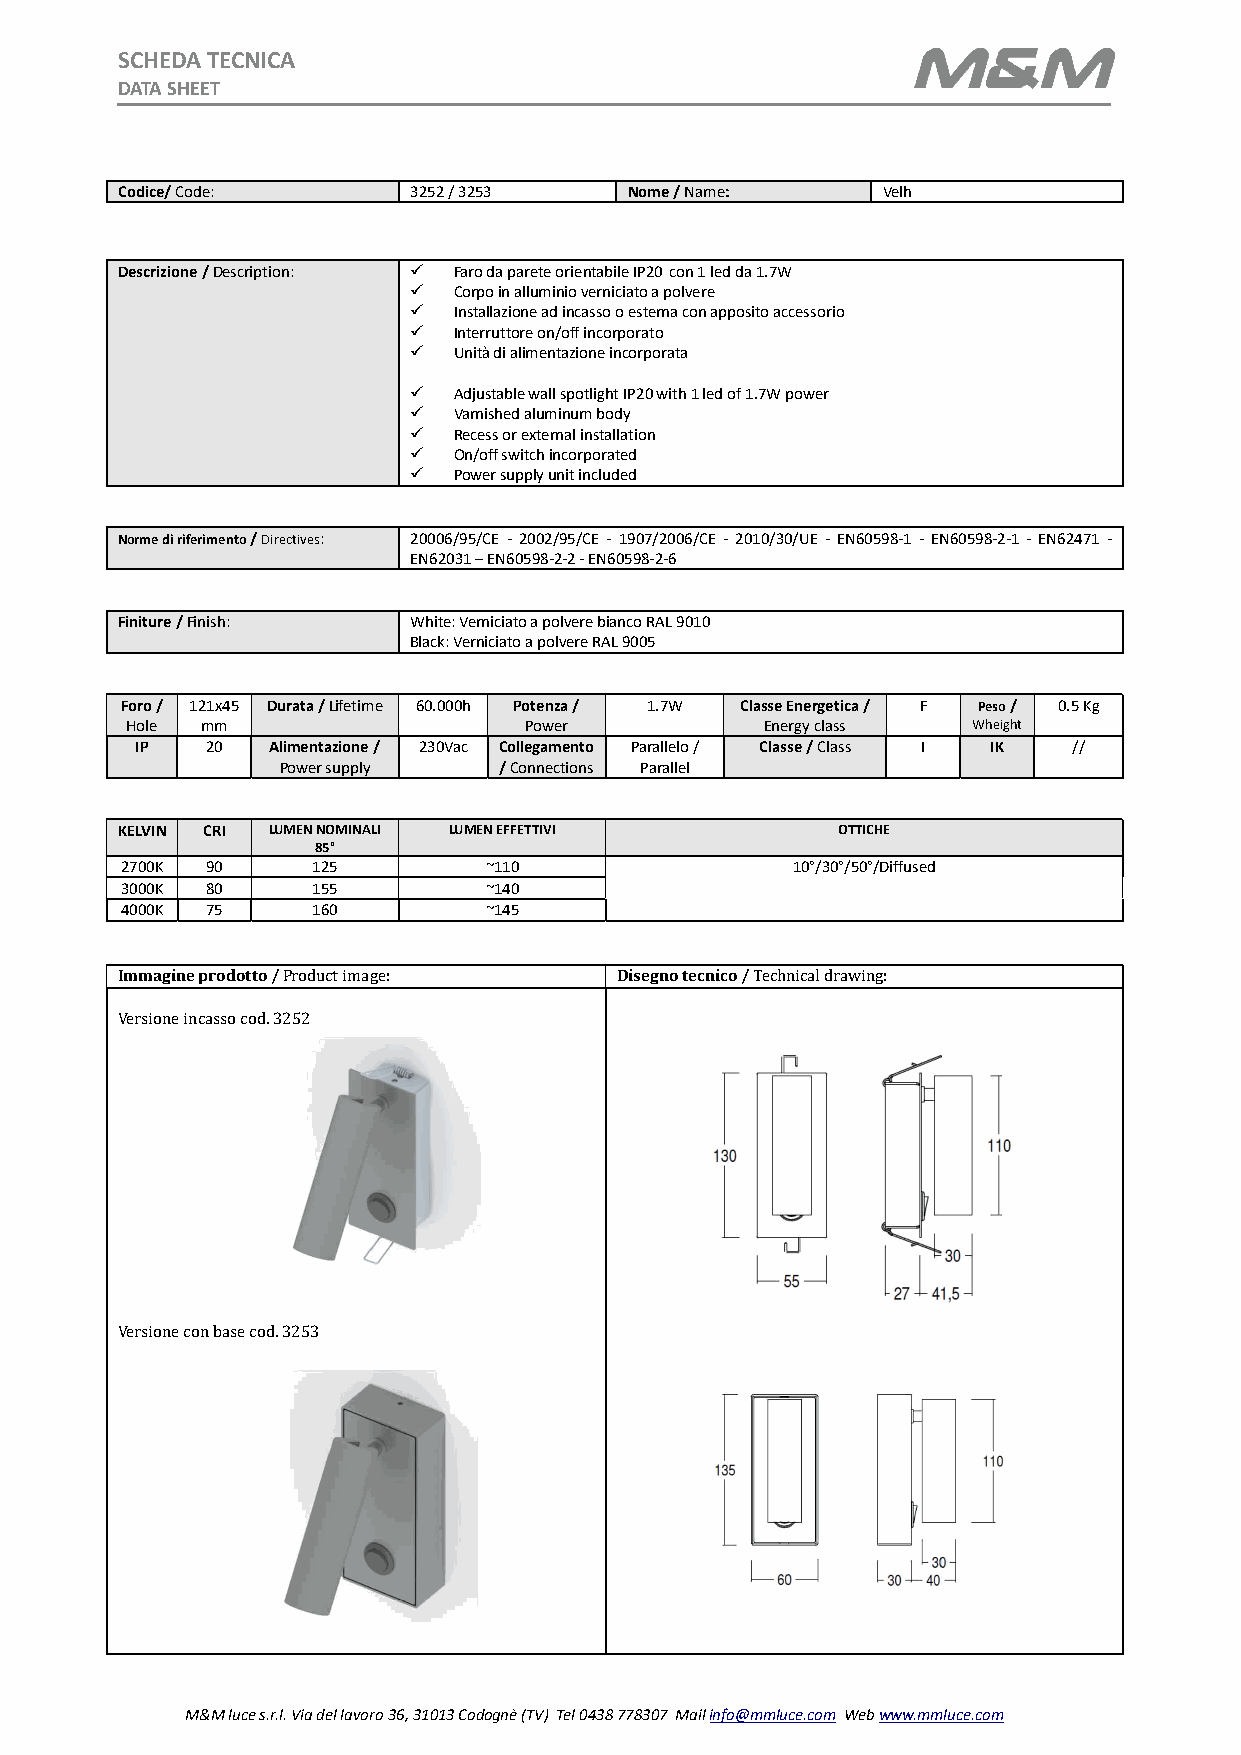
SCHEDA TECNICA
 DATA SHEET
 Codice/ Code:      3252 / 3253    Nome / Name:    Velh
 Descrizione / Description:  Faro da parete orientabile IP20 con 1 led da 1.7W
   Corpo in alluminio verniciato a polvere
   Installazione ad incasso o esterna con apposito accessorio
   Interruttore on/off incorporato
   Unità di alimentazione incorporata
   Adjustable wall spotlight IP20 with 1 led of 1.7W power
   Varnished aluminum body
   Recess or external installation
   On/off switch incorporated
   Power supply unit included
 Norme di riferimento / Directives: 20006/95/CE - 2002/95/CE - 1907/2006/CE - 2010/30/UE - EN60598-1 - EN60598-2-1 - EN62471 -
 EN62031 – EN60598-2-2 - EN60598-2-6
 Finiture / Finish: White: Verniciato a polvere bianco RAL 9010
 Black: Verniciato a polvere RAL 9005
 Foro / 121x45 Durata / Lifetime 60.000h Potenza / 1.7W Classe Energetica / F Peso / 0.5 Kg
 Hole mm                    Power           Energy class Wheight
 IP   20  Alimentazione / 230Vac Collegamento Parallelo / Classe / Class I IK //
 Power supply  / Connections Parallel
 KELVIN CRI LUMEN NOMINALI LUMEN EFFETTIVI      OTTICHE
 85°
 2700K 90     125        ~110                10°/30°/50°/Diffused
 3000K 80     155        ~140
 4000K 75     160        ~145
 Immagine prodotto / Product image: Disegno tecnico / Technical drawing:
 Versione incasso cod. 3252
 Versione con base cod. 3253
 M&M luce s.r.l. Via del lavoro 36, 31013 Codognè (TV) Tel 0438 778307 Mail info@mmluce.com Web www.mmluce.com